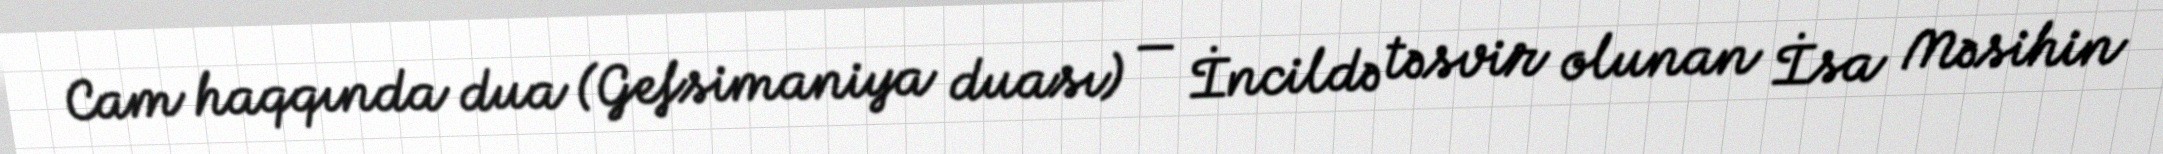
Cam haqqında dua (Gefsimaniya duası) — İncildə təsvir olunan İsa Məsihin